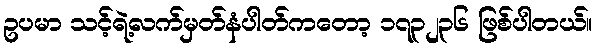
ဥပမာ သင့်ရဲ့လက်မှတ်နံပါတ်ကတော့ ၁၇၃၂၃၆ ဖြစ်ပါတယ်။